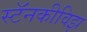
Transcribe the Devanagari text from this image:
स्टॅनकीविझ